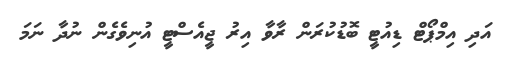
އަދި އިމްޕޯޓް ޑިއުޓީ ބޮޑުކުރަން ރާވާ އިރު ޖީއެސްޓީ އުނިވެގެން ނުދާ ނަމަ